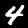
Digit: 4